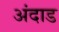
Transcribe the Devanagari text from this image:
अंदाड